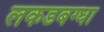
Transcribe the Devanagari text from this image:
लकडबग्घा